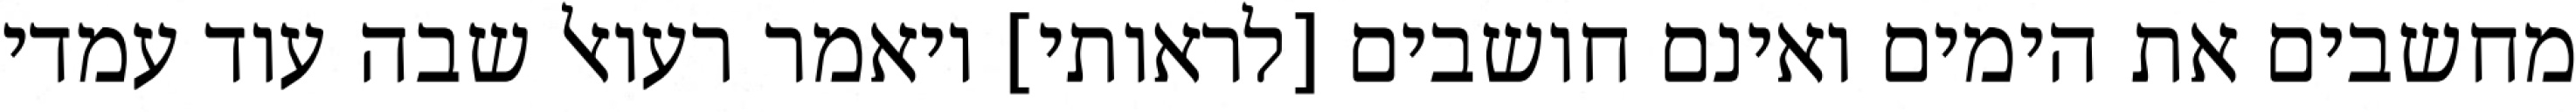
מחשבים את הימים ואינם חושבים [לראותי] ויאמר רעואל שבה עוד עמדי